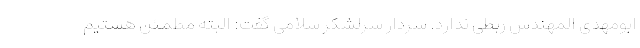
ابومهدی المهندس ربطی ندارد. سردار سرلشکر سلامی گفت: البته مطمئن هستیم